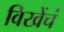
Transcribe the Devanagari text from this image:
विखेंचं